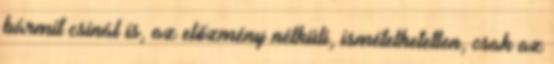
bármit csinál is, az előzmény nélküli, ismételhetetlen, csak az